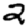
Digit: 2